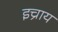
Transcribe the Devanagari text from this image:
इच्राय